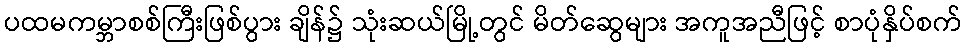
ပထမကမ္ဘာစစ်ကြီးဖြစ်ပွား ချိန်၌ သုံးဆယ်မြို့တွင် မိတ်ဆွေများ အကူအညီဖြင့် စာပုံနှိပ်စက်